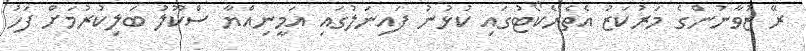
ރޭ ޒުވާނުންގެ މަރުކަޒު އެތެރެކޯޓުގައި ކުޅުނު ފައިނަލުގައި އަމީނިއްޔާ ސްކޫލު ބަލިކުރުމަށް ފަހު